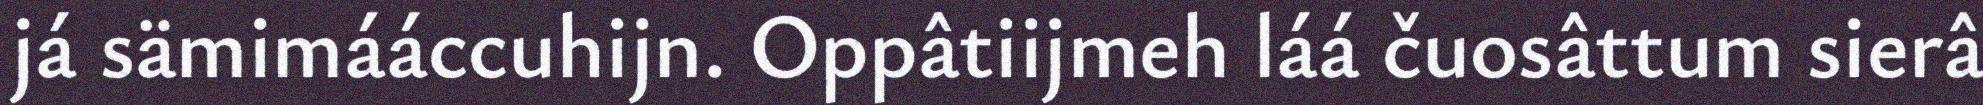
já sämimááccuhijn. Oppâtiijmeh láá čuosâttum sierâ